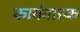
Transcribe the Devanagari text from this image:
कार्यवाह्क